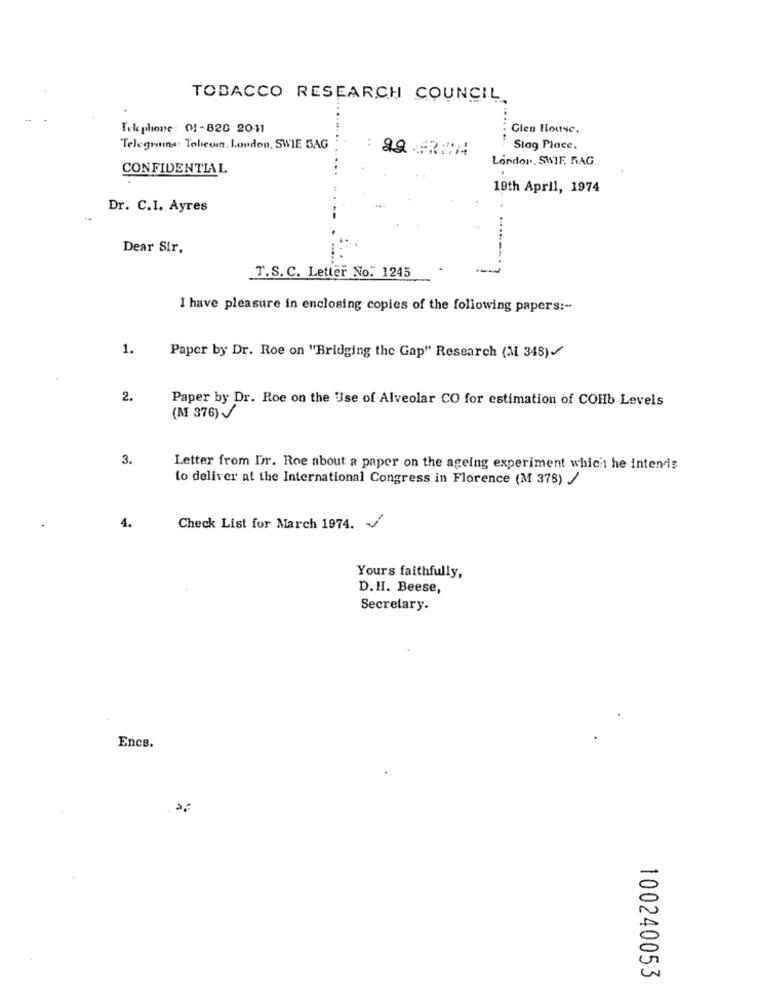
TOBACCO RESEARCH COUNCIL
Tek phone : 01-820 2011
Glen House.
Telegrams: Tobeom, London, SWIE BAG
Stag Place.
London. SWIF. RAG.
CONFIDENTIAL
19th April, 1974
Dr. C.I. Ayres
Dear Sir,
T.S. C. Letter No. 1245
I have pleasure in enclosing copies of the following papers :-
1.
Paper by Dr. Roe on "Bridging the Gap" Research (M 348)/
2.
Paper by Dr. Roe on the Use of Alveolar CO for estimation of COHb Levels
(M 376) /
3.
Letter from Dir. Roe about a paper on the ageing experiment which he intends
to deliver at the International Congress in Florence (M 378) /
.
4.
Check List for March 1974. /
Yours faithfully,
D.H. Beese,
Secretary.
Encs.
100240053